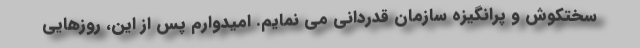
سختکوش و پرانگیزه سازمان قدردانی می نمایم. امیدوارم پس از این، روزهایی